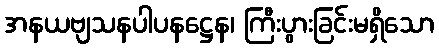
အနယဗျသနပါပနဋ္ဌေန၊ ကြီးပွားခြင်းမရှိသော